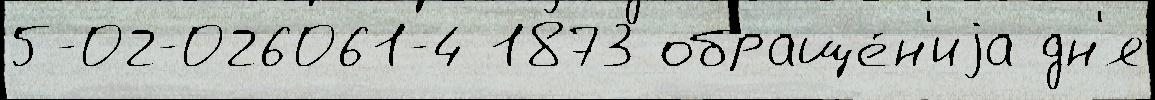
5-02-026061-4 1873 обраще́н'иjа дн'я